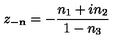
z _ { - { \bf n } } = - \frac { n _ { 1 } + i n _ { 2 } } { 1 - n _ { 3 } }